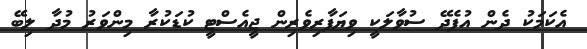
އެކަމަކު ދެން އުފެދޭ ސުވާލަކީ ވިޔަފާރިވެރިން ޖީއެސްޓީ ކުޑަކުރާ މިންވަރު މުދާ ލިބޭ